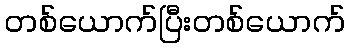
တစ်ယောက်ပြီးတစ်ယောက်